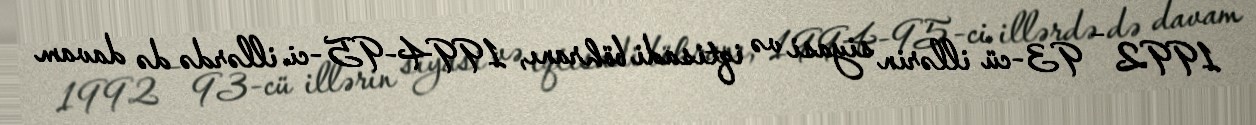
1992 – 93-cü illərin siyasi və iqtisadi böhranı, 1994-95-ci illərdə də davam